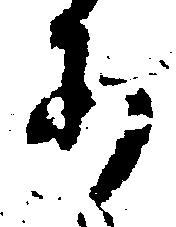
あ